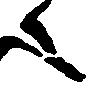
之